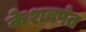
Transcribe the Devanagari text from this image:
केशवपंत